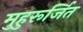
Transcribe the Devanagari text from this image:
मुहुरूर्जित